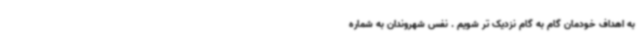
به اهداف خودمان گام به گام نزدیک تر شویم . نفس شهروندان به شماره